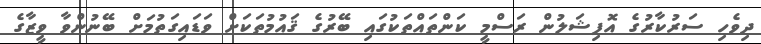
ދިވެހި ސަރުކާރުގެ އޮފިޝަލުން ރަސްމީ ކަންތައްތަކުގައި ބޭރުގެ ޤައުމުތަކަށް ވަޑައިގަތުމަށް ބޭނުންވާ ވީޒާގެ